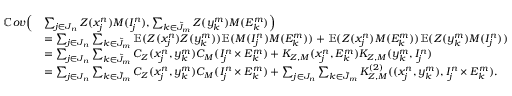
\begin{array} { r l } { \mathbb { C } o v \Big ( } & { \sum _ { j \in J _ { n } } Z ( x _ { j } ^ { n } ) M ( I _ { j } ^ { n } ) , \sum _ { k \in \tilde { J } _ { m } } Z ( y _ { k } ^ { m } ) M ( E _ { k } ^ { m } ) \Big ) } \\ & { = \sum _ { j \in J _ { n } } \sum _ { k \in \tilde { J } _ { m } } \mathbb { E } ( Z ( x _ { j } ^ { n } ) Z ( y _ { k } ^ { m } ) ) \mathbb { E } ( M ( I _ { j } ^ { n } ) M ( E _ { k } ^ { m } ) ) + \mathbb { E } ( Z ( x _ { j } ^ { n } ) M ( E _ { k } ^ { m } ) ) \mathbb { E } ( Z ( y _ { k } ^ { m } ) M ( I _ { j } ^ { n } ) ) } \\ & { = \sum _ { j \in J _ { n } } \sum _ { k \in \tilde { J } _ { m } } C _ { Z } ( x _ { j } ^ { n } , y _ { k } ^ { m } ) C _ { M } ( I _ { j } ^ { n } \times E _ { k } ^ { m } ) + K _ { Z , M } ( x _ { j } ^ { n } , E _ { k } ^ { m } ) K _ { Z , M } ( y _ { k } ^ { m } , I _ { j } ^ { n } ) } \\ & { = \sum _ { j \in J _ { n } } \sum _ { k \in \tilde { J } _ { m } } C _ { Z } ( x _ { j } ^ { n } , y _ { k } ^ { m } ) C _ { M } ( I _ { j } ^ { n } \times E _ { k } ^ { m } ) + \sum _ { j \in J _ { n } } \sum _ { k \in \tilde { J } _ { m } } K _ { Z , M } ^ { ( 2 ) } ( ( x _ { j } ^ { n } , y _ { k } ^ { m } ) , I _ { j } ^ { n } \times E _ { k } ^ { m } ) . } \end{array}